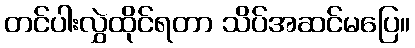
တင်ပါးလွှဲထိုင်ရတာ သိပ်အဆင်မပြေ။